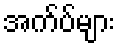
အက်ပ်များ